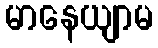
မာနေယျာမ